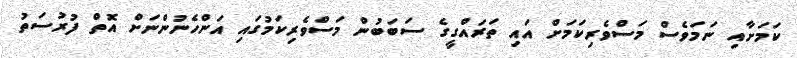
ކަމަށާއި ނަމަވެސް މަސްވެރިކަމަށް އައި ތަރައްގީގެ ސަބަބުން މަސްވެރިކަމުގައި އަންހެނުންނަށް އޮތް ފުރުސަތު